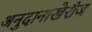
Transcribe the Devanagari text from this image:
अनुदानाखेरीज